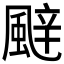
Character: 𮨬